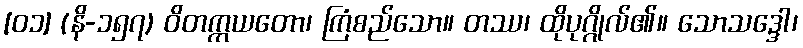
[၀၁] (နိ-၁၅၇) ဝိတက္ကယတော၊ ကြံစည်သော။ တဿ၊ ထိုပုဂ္ဂိုလ်၏။ သောသဒ္ဒေါ၊